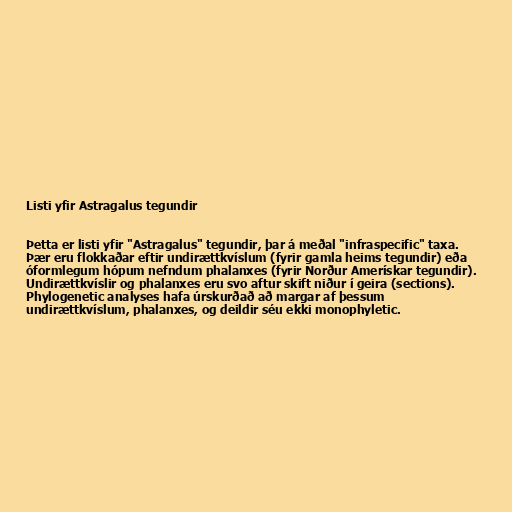
Listi yfir Astragalus tegundir

Þetta er listi yfir "Astragalus" tegundir, þar á meðal "infraspecific" taxa.
Þær eru flokkaðar eftir undirættkvíslum (fyrir gamla heims tegundir) eða
óformlegum hópum nefndum phalanxes (fyrir Norður Amerískar tegundir).
Undirættkvíslir og phalanxes eru svo aftur skift niður í geira (sections).
Phylogenetic analyses hafa úrskurðað að margar af þessum
undirættkvíslum, phalanxes, og deildir séu ekki monophyletic.